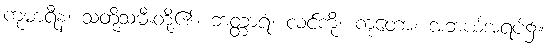
ကုမာရီနံ၊ သတို့သမီးတို့၏။ ဘတ္တာရံ၊ လင်ကို။ ကုတော၊ အဘယ်အရပ်၌။